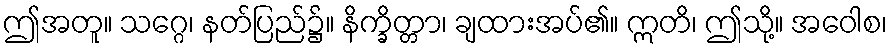
ဤအတူ။ သဂ္ဂေ၊ နတ်ပြည်၌။ နိက္ခိတ္တာ၊ ချထားအပ်၏။ ဣတိ၊ ဤသို့။ အဝေါစ၊